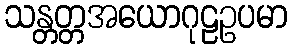
သန္တတ္တအယောဂုဠဥပမာ